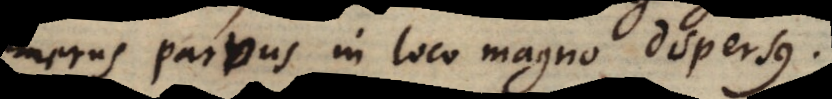
merus parvus in loco magno dispersus.